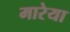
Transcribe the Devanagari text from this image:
मारेया